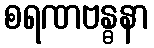
စရဏဗန္ဓနာ